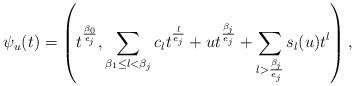
LaTeX: \begin{align*}\psi_{u}(t)=\left(t^{\frac{\beta_0}{e_j}},\displaystyle\sum_{\beta_1 \leq l <\beta_{j}}c_lt^{\frac{l}{e_j}}+ ut^{\frac{\beta_{j}}{e_j}}+\displaystyle\sum_{l > \frac{\beta_{j}}{e_j}}s_l(u)t^{l}\right),\end{align*}